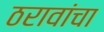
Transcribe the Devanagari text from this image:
ठरावांचा